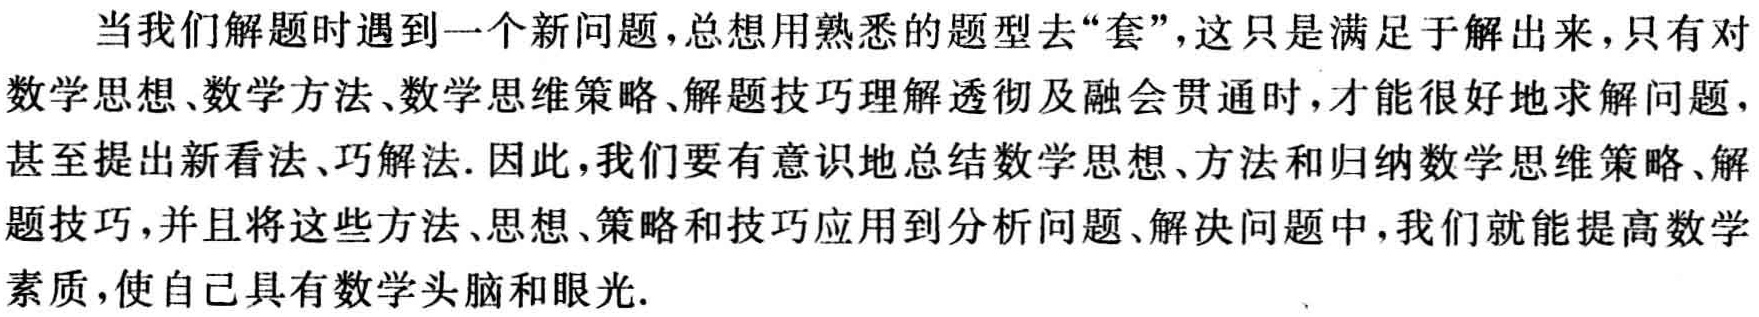
当我们解题时遇到一个新问题，总想用熟悉的题型去“套”，这只是满足于解出来，只有对数学思想、数学方法、数学思维策略、解题技巧理解透彻及融会贯通时，才能很好地求解问题，甚至提出新看法、巧解法. 因此，我们要有意识地总结数学思想、方法和归纳数学思维策略、解题技巧，并且将这些方法、思想、策略和技巧应用到分析问题、解决问题中，我们就能提高数学素质，使自己具有数学头脑和眼光.